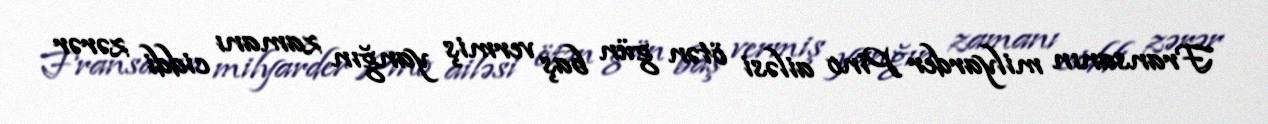
Fransanın milyarder Pino ailəsi ötən gün baş vermiş yanğın zamanı ciddi zərər